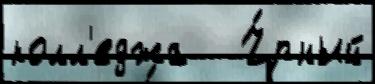
колл'еджа   Ч́рный